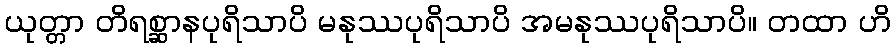
ယုတ္တာ တိရစ္ဆာနပုရိသာပိ မနုဿပုရိသာပိ အမနုဿပုရိသာပိ။ တထာ ဟိ